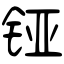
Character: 铔